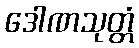
ဒေါဏသုတ္တံ